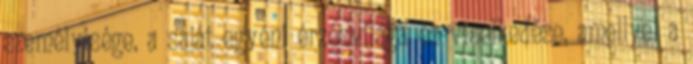
személyisége, a saját egyéni érzésvilága és viselkedése, amellyel a